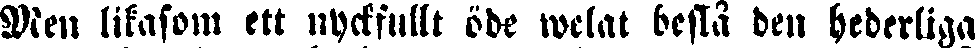
Men likasom ett nyckfullt öde welat bestå den hederliga